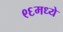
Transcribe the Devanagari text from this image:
९६मध्ये